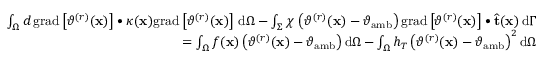
\begin{array} { r } { \int _ { \Omega } d \, \mathrm { g r a d } \left[ \vartheta ^ { ( r ) } ( \mathbf { x } ) \right] \bullet \kappa ( \mathbf { x } ) \mathrm { g r a d } \left[ \vartheta ^ { ( r ) } ( \mathbf { x } ) \right] \, \mathrm { d } \Omega - \int _ { \Sigma } \chi \, \left( \vartheta ^ { ( r ) } ( \mathbf { x } ) - \vartheta _ { \mathrm { a m b } } \right) \mathrm { g r a d } \left[ \vartheta ^ { ( r ) } ( \mathbf { x } ) \right] \bullet \widehat { \mathbf { t } } ( \mathbf { x } ) \, \mathrm { d } \Gamma } \\ { = \int _ { \Omega } f ( \mathbf { x } ) \left( \vartheta ^ { ( r ) } ( \mathbf { x } ) - \vartheta _ { \mathrm { a m b } } \right) \mathrm { d } \Omega - \int _ { \Omega } h _ { T } \left( \vartheta ^ { ( r ) } ( \mathbf { x } ) - \vartheta _ { \mathrm { a m b } } \right) ^ { 2 } \mathrm { d } \Omega } \end{array}